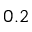
0 . 2